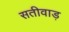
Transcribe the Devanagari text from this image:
सतीवाड़